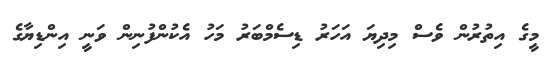
މީގެ އިތުރުން ވެސް މިދިޔަ އަހަރު ޑިސެމްބަރު މަހު އެކުންފުނިން ވަނީ އިންޑިޔާގެ